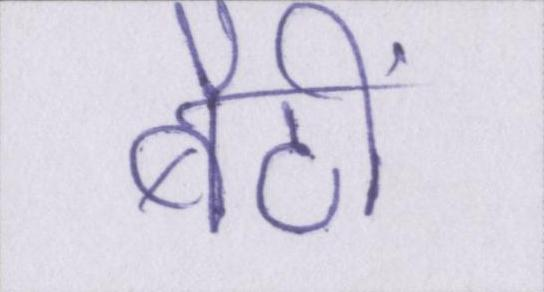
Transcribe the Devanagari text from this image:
बैठीं